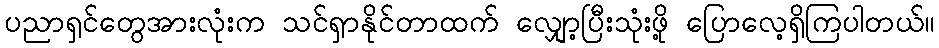
ပညာရှင်တွေအားလုံးက သင်ရှာနိုင်တာထက် လျှော့ပြီးသုံးဖို့ ပြောလေ့ရှိကြပါတယ်။